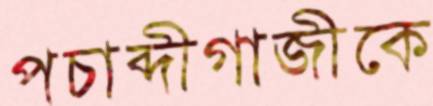
পচাব্দীগাজীকে